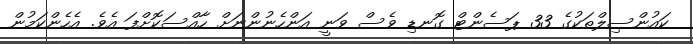
ކައުންސިލްތަކުގެ 33 ޕަސެންޓް ގޮނޑި ވެސް ވަނީ އަންހެނުންނަށް ހާއްސަކޮށްފަ އެވެ. އެހެންކަމުން